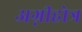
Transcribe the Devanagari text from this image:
अग्नीहोत्र